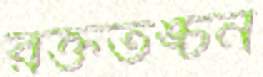
রক্ততঙ্চন